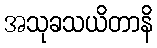
အသုခသယိတာနိ